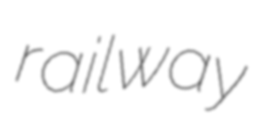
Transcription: railway